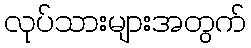
လုပ်သားများအတွက်